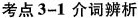
考点3-1介词辨析